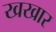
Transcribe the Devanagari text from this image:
खखार